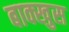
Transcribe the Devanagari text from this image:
बाक्खुस